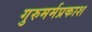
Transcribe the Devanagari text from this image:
गुरुमर्मप्रकाश